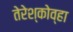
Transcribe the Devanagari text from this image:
तेरेश्कोव्हा